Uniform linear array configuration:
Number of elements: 32
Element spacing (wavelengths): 0.5
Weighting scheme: binomial
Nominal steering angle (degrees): -15
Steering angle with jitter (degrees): -16.444
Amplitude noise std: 0.05
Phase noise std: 0.05

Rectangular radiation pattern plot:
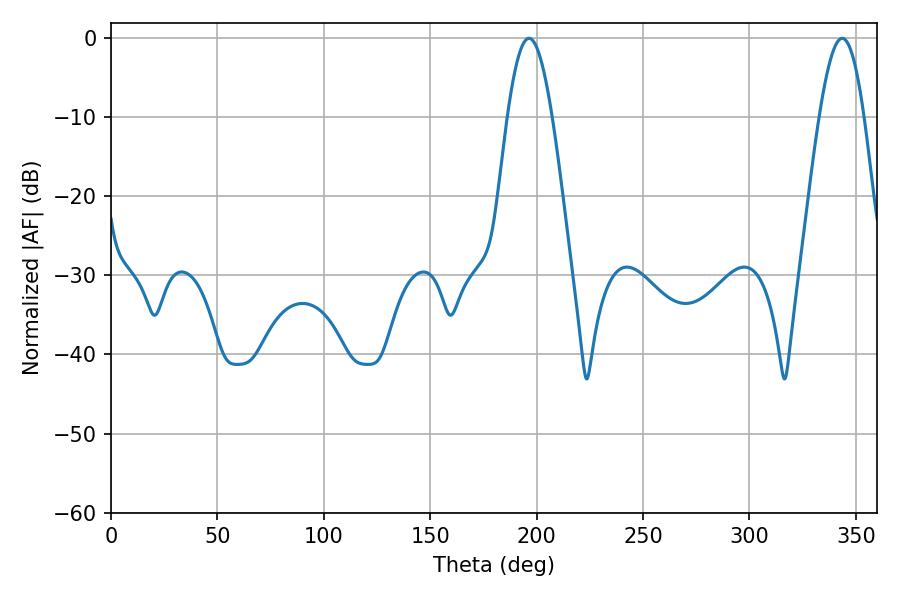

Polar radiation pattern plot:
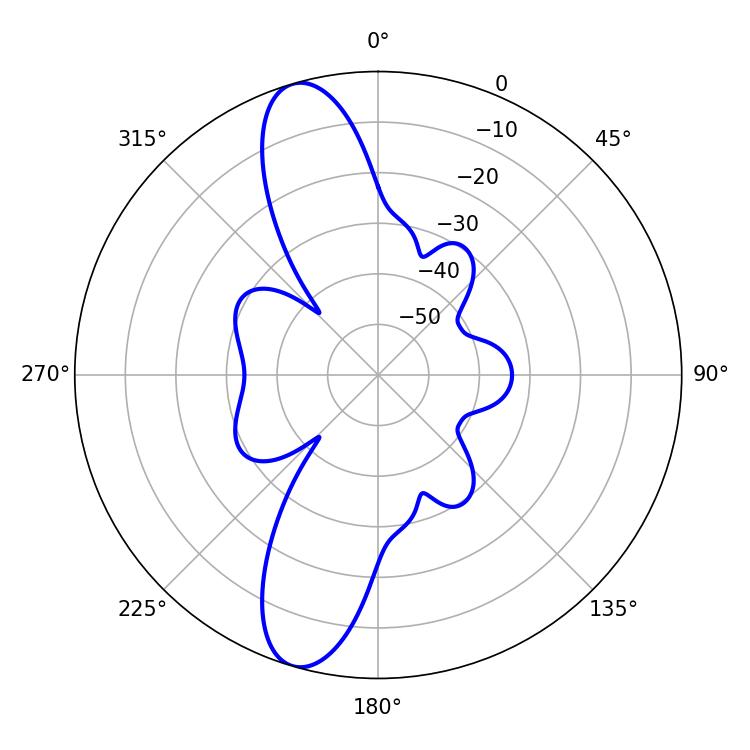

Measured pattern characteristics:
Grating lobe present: FALSE
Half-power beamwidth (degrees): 11.34
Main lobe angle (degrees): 343.62